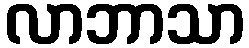
လာဘာသာ